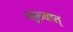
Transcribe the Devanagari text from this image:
सूरुवात्